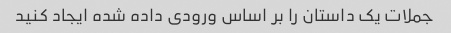
جملات یک داستان را بر اساس ورودی داده شده ایجاد کنید